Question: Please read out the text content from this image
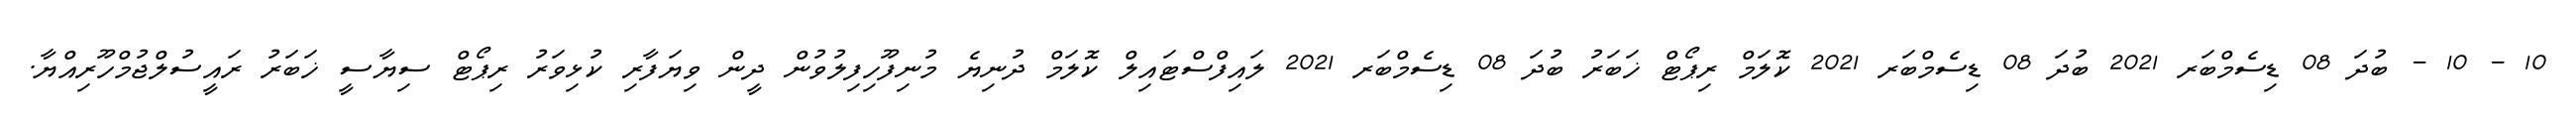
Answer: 10 - 10 - ބުދަ 08 ޑިސެމްބަރ 2021 ބުދަ 08 ޑިސެމްބަރ 2021 ކޮލަމް ރިޕޯޓް ޚަބަރު ބުދަ 08 ޑިސެމްބަރ 2021 ލައިފްސްޓައިލް ކޮލަމް ދުނިޔެ މުނިފޫހިފިލުވުން ދީން ވިޔަފާރި ކުޅިވަރު ރިޕޯޓް ސިޔާސީ ޚަބަރު ރައީސުލްޖުމްހޫރިއްޔާ.